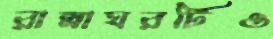
রান্নাঘরটিও